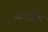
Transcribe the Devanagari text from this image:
आयामित